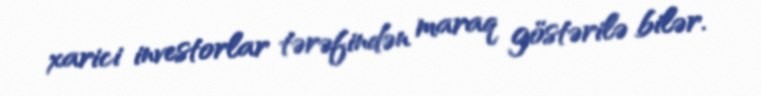
xarici investorlar tərəfindən maraq göstərilə bilər.